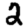
Digit: 2